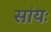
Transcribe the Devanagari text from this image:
सांयः